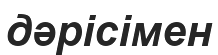
дәрісімен